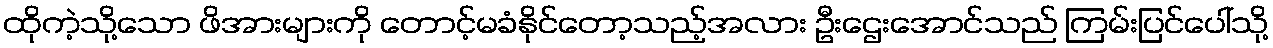
ထိုကဲ့သို့သော ဖိအားများကို တောင့်မခံနိုင်တော့သည့်အလား ဦးဌေးအောင်သည် ကြမ်းပြင်ပေါ်သို့